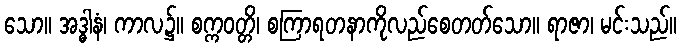
သော။ အဒ္ဓါနံ၊ ကာလ၌။ စက္ကဝတ္တိ၊ စကြာရတနာကိုလည်စေတတ်သော။ ရာဇာ၊ မင်းသည်။